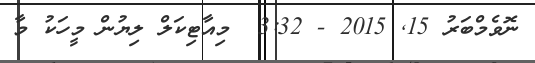
ނޮވެމްބަރު 15